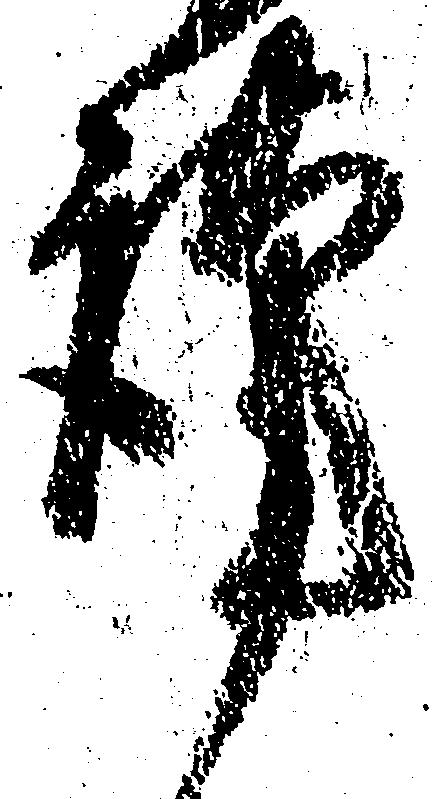
謹